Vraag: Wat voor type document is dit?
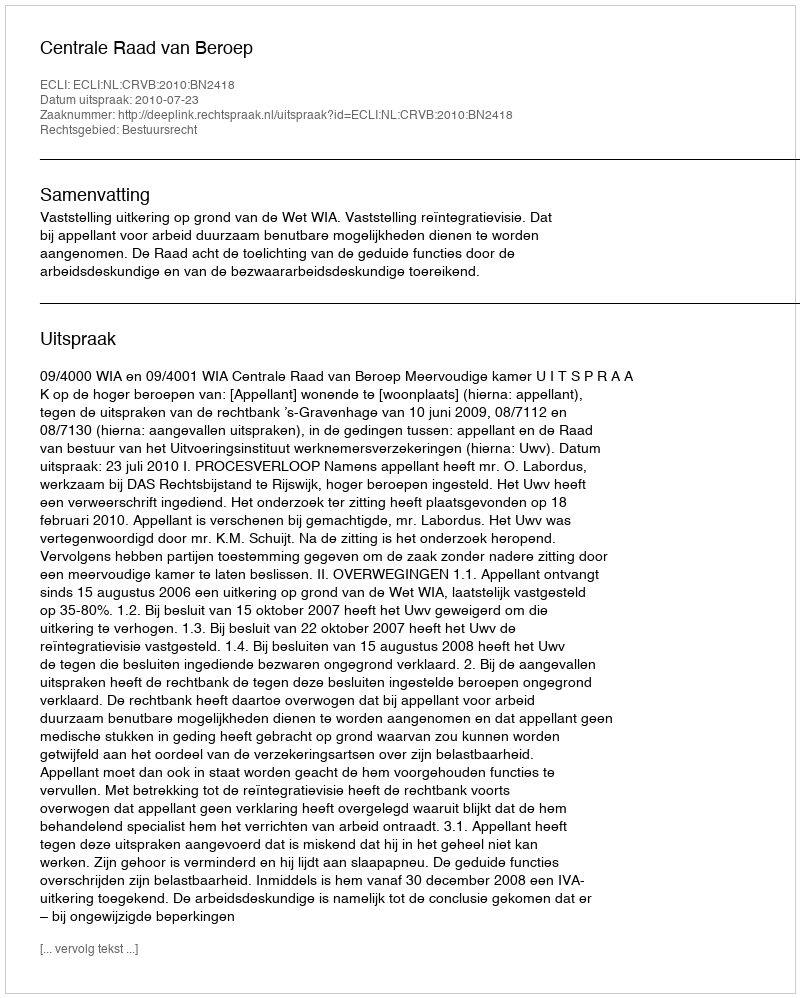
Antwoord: Uitspraak